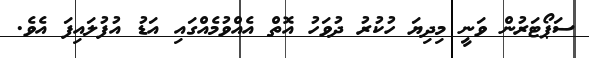
ސަޕޯޓަރުން ވަނީ މިދިޔަ ހުކުރު ދުވަހު އޮތް އެއްވުމެއްގައި އަޑު އުފުލައިފަ އެވެ.